Insane asylums Bombay 1873-77 - 1873-1877
Year: 1873
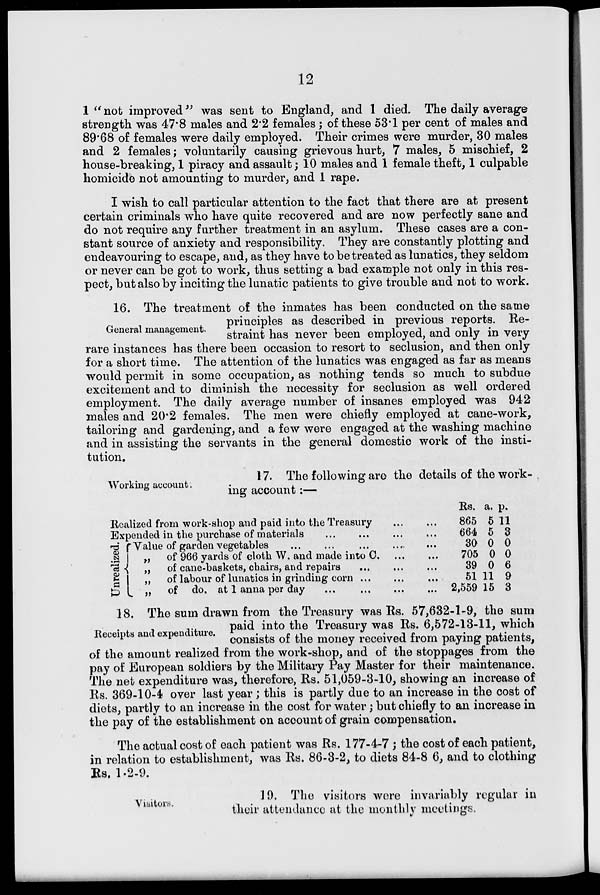
12
1 " not improved" was sent to England, and 1 died. The daily average
strength was 47.8 males and 2.2 females ; of these 53.1 per cent of males and
89.68 of females were daily employed. Their crimes were murder, 30 males
and 2 females ; voluntarily causing grievous hurt, 7 males, 5 mischief, 2
house-breaking, 1 piracy and assault; 10 males and 1 female theft, 1 culpable
homicide not amounting to murder, and 1 rape.
I wish to call particular attention to the fact that there are at present
certain criminals who have quite recovered and are now perfectly sane and
do not require any further treatment in an asylum These cases are a con-
stant source of anxiety and responsibility. They are constantly plotting and
endeavouring to escape, and, as they have to be treated as lunatics, they seldom
or never can be got to work, thus setting a bad example not only in this res-
pect, but also by inciting the lunatic patients to give trouble and not to work.
General management.
16. The treatment of the inmates has been conducted on the same
principles as described in previous reports. Re-
straint has never been employed, and only in very
rare instances has there been occasion to resort to seclusion, and then only
for a short time. The attention of the lunatics was engaged as far as means
would permit in some occupation, as nothing tends so much to subdue
excitement and to diminish the necessity for seclusion as well ordered
employment. The daily average number of insanes employed was 942
males and 20.2 females. The men were chiefly employed at cane-work,
tailoring and gardening, and a few were engaged at the washing machine
and in assisting the servants in the general domestic work of the insti-
tution.
Working account.
17. The following are the details of the work-
ing account :—
Reailized from work-shop and paid into the Treasury ...
Expended in the purchase of materials
...
...
Unrealized.
Value of garden vegetables ... ... ...
„ of 966 yards of cloth W. and made into C. ...
„ of cane-baskets, chairs, and repairs ... ...
„ of labour of lunatics in grinding corn ... ...
„ of do at 1 anna per day ... ... ...
Rs.
865
664
30
705
39
51
2,559
a.
5
5
0
0
0
11
15
p.
11
3
0
0
6
9
3
Receipts and expenditure.
18. The sum drawn from the Treasury was Rs. 57,632-1-9, the sum
paid into the Treasury was Rs. 6,572-13-11, which
consists of the money received from paying patients,
of the amount realized from the work-shop, and of the stoppages from the
pay of European soldiers by the Military Pay Master for their maintenance.
The net expenditure was, therefore, Rs. 51,059-3-10, showing an increase of
Rs. 369-10-4 over last year ; this is partly due to an increase in the cost of
diets, partly to an increase in the cost for water ; but chiefly to an increase in
the pay of the establishment on account of grain compensation.
The actual cost of each patient was Rs. 177-4-7 ; the cost of each patient,
in relation to establishment, was Rs. 86-3-2, to diets 84-8 6, and to clothing
Rs. 1-2-9.
Visitors.
19. The visitors wore invariably regular in
their attendance at the monthly meetings.